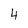
Character: 4